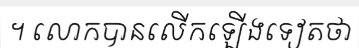
។ លោកបានលើកឡើងទៀតថា